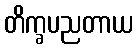
တိက္ခပညတာယ